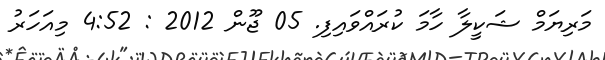
މަރިޔަމް ޝަކީލާ ހާމަ ކުރައްވައިފި. 05 ޖޫން 2012 : 4:52 މިއަހަރު